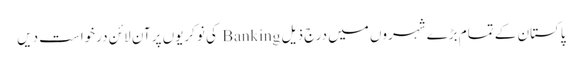
پاکستان کے تمام بڑے شہروں میں درج ذیل Banking کی نوکریوں پر آن لائن درخواست دیں